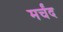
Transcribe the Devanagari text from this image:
मर्चंद